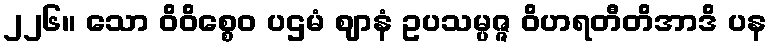
၂၂၆။ သော ဝိဝိစ္စေဝ ပဌမံ ဈာနံ ဥပသမ္ပဇ္ဇ ဝိဟရတီတိအာဒိ ပန